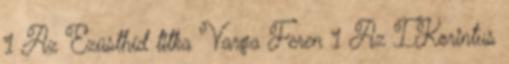
1 Az Ezüsthíd titka Varga Feren 1 Az I.Korintus